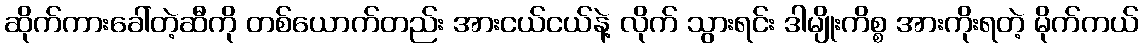
ဆိုက်ကားခေါ်တဲ့ဆီကို တစ်ယောက်တည်း အားငယ်ငယ်နဲ့ လိုက် သွားရင်း ဒါမျိုးကိစ္စ အားကိုးရတဲ့ မိုက်ကယ်